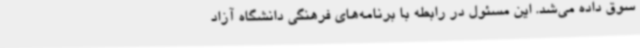
سوق داده می‌شد. این مسئول در رابطه با برنامه‌های فرهنگی دانشگاه آزاد